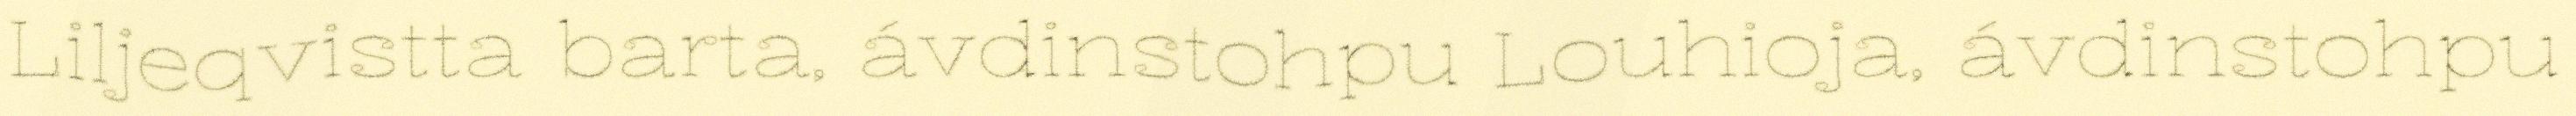
Liljeqvistta barta, ávdinstohpu Louhioja, ávdinstohpu